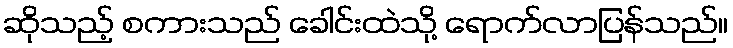
ဆိုသည့် စကားသည် ခေါင်းထဲသို့ ရောက်လာပြန်သည်။